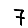
Digit: 7